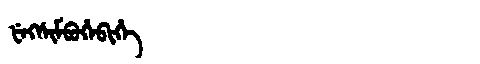
Manchu: ᡶᡝᡴᠰᡳᠮᠪᡠᡥᡝᠪᡳᡥᡝ
Romanization: FEKSIMBUHEBIHE